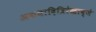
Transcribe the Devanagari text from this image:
अकथादित्रिरेखाब्जे